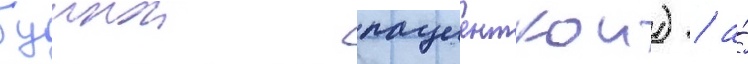
буинои пациенткои) / а́